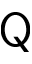
\mathsf { Q }